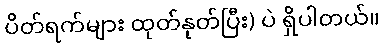
ပိတ်ရက်များ ထုတ်နုတ်ပြီး) ပဲ ရှိပါတယ်။